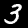
Digit: 3